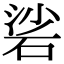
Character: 硰